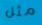
مثل